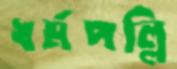
ধর্মপল্লি